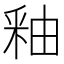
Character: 釉